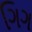
ગિગ